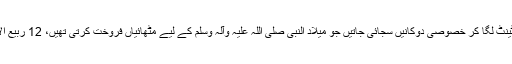
مصر میں دیگر عرب ممالک کی طرح ربیع الاول شریف کا مہینہ شروع ہوتے ہی سڑکوں پر ٹینٹ لگا کر خصوصی دوکانیں سجائی جاتیں جو میلاد النبی صلی اللہ علیہ وآلہ وسلم کے لیے مٹھائیاں فروخت کرتی تھیں، 12 ربیع الاول شریف گزرنے کے چند دن بعد سڑکوں پر سجی یہ خصوصی دوکانیں سمیٹ لی جاتی تھیں۔